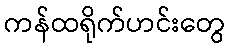
ကန်ထရိုက်ဟင်းတွေ